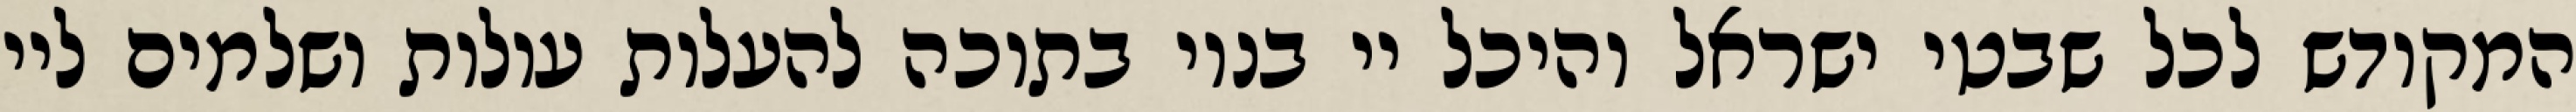
המקודש לכל שבטי ישראל והיכל יי בנוי בתוכה להעלות עולות ושלמים ליי